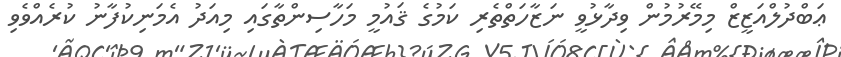
ޢަބްދުލްއަޒީޒް މިމޭރުމުން ވިދާޅުވީ ނަޒާހަތްތެރި ކަމުގެ ޤައުމީ މަހާސިންތާގައި މިއަދު އެމަނިކުފާނު ކުރެއްވެވި